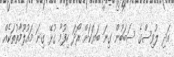
އަދި ލުވިސްގެ ސަބަބުން ގިނަ ބަޔަކަށް ރޯދަ ހިފުމާ ގުޅޭ ގިނަ މައުލޫމާތުތަކެއް